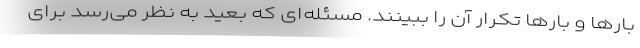
بارها و بارها تکرار آن را ببینند. مسئله‌ای که بعید به نظر می‌رسد برای